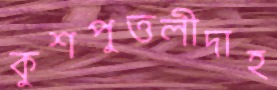
কুশপুত্তলীদাহ